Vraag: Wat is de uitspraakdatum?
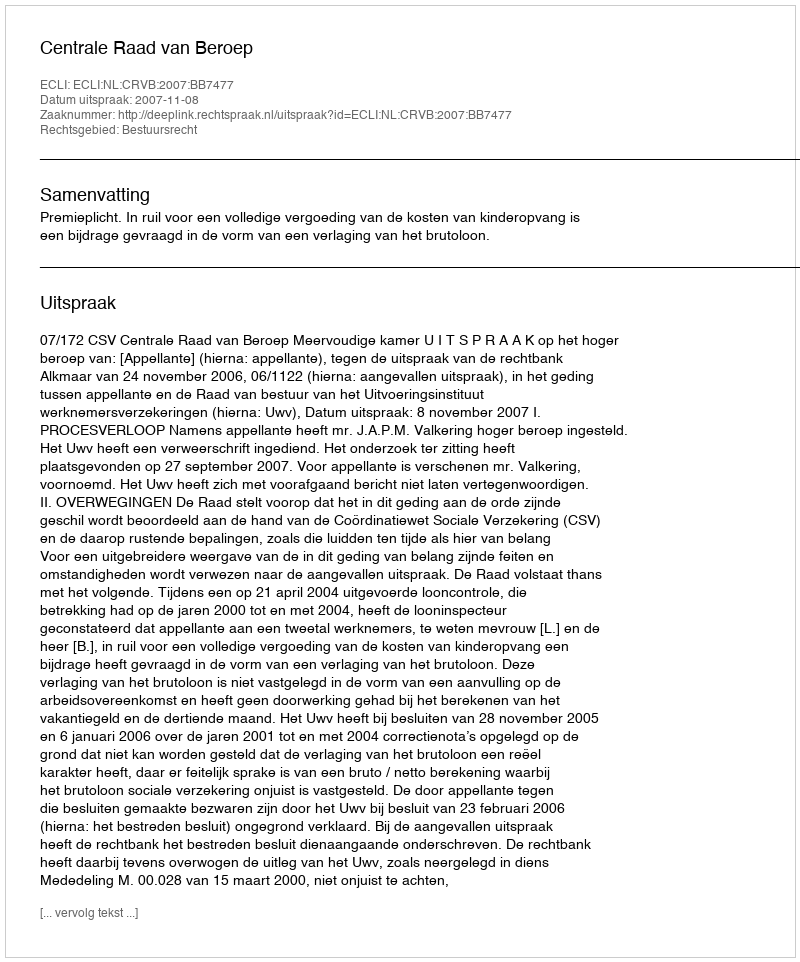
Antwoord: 2007-11-08